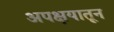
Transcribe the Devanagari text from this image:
अपक्षयातून